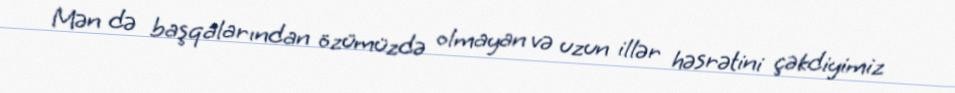
Mən də başqalarından özümüzdə olmayan və uzun illər həsrətini çəkdiyimiz